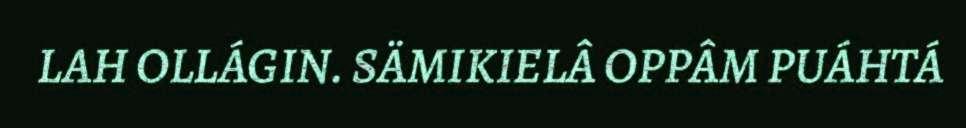
LAH OLLÁGIN. SÄMIKIELÂ OPPÂM PUÁHTÁ